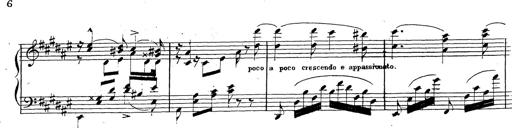
Title: Canzone Napolitana
Composer: Franz Liszt